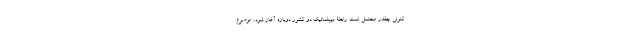
کنونی چقدر محتمل است رابطۀ دیپلماتیک دو کشور دوباره آغاز شود، موضوع